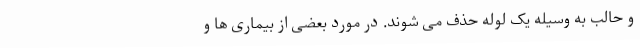
و حالب به وسیله یک لوله حذف می شوند. در مورد بعضی از بیماری ها و